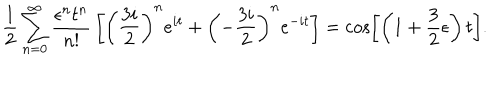
{ \frac { 1 } { 2 } } \sum _ { n = 0 } ^ { \infty } { \frac { \epsilon ^ { n } t ^ { n } } { n ! } } \left[ \left( { \frac { 3 i } { 2 } } \right) ^ { n } e ^ { i t } + \left( - { \frac { 3 i } { 2 } } \right) ^ { n } e ^ { - i t } \right] = \cos \left[ \left( 1 + { \frac { 3 } { 2 } } \epsilon \right) t \right] .